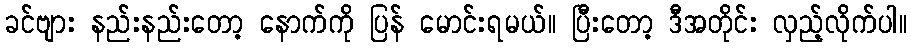
ခင်ဗျား နည်းနည်းတော့ နောက်ကို ပြန် မောင်းရမယ်။ ပြီးတော့ ဒီအတိုင်း လှည့်လိုက်ပါ။